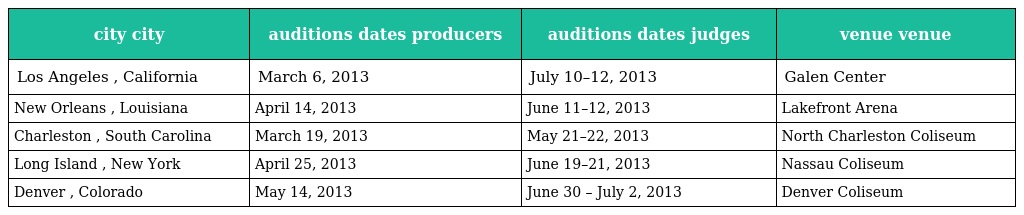
| city city | auditions dates producers | auditions dates judges | venue venue |
 | --- | --- | --- | --- |
 | Los Angeles , California | March 6, 2013 | July 10–12, 2013 | Galen Center |
 | New Orleans , Louisiana | April 14, 2013 | June 11–12, 2013 | Lakefront Arena |
 | Charleston , South Carolina | March 19, 2013 | May 21–22, 2013 | North Charleston Coliseum |
 | Long Island , New York | April 25, 2013 | June 19–21, 2013 | Nassau Coliseum |
 | Denver , Colorado | May 14, 2013 | June 30 – July 2, 2013 | Denver Coliseum |